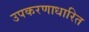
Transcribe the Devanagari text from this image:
उपकरणाधारित